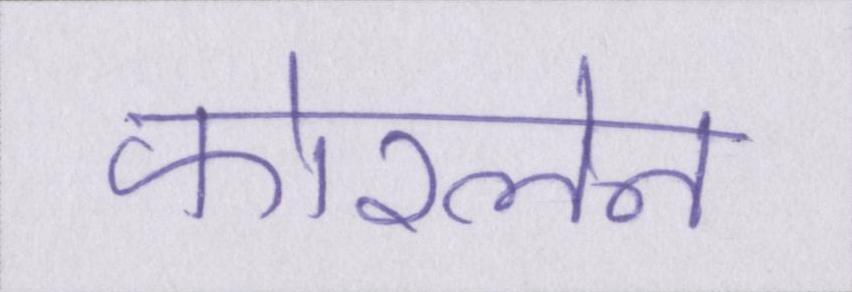
फोरलेन